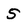
Character: 5